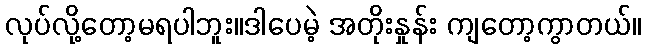
လုပ်လို့တော့မရပါဘူး။ဒါပေမဲ့ အတိုးနှုန်း ကျတော့ကွာတယ်။